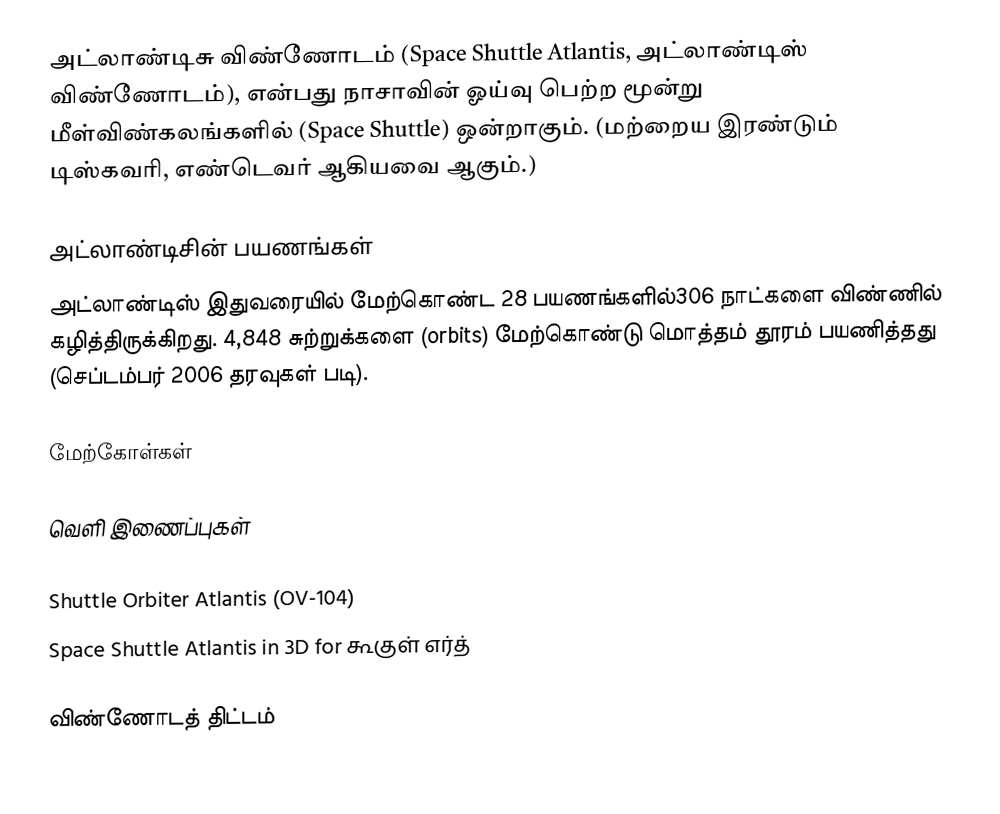
அட்லாண்டிசு விண்ணோடம் (Space Shuttle Atlantis, அட்லாண்டிஸ் விண்ணோடம்), என்பது நாசாவின் ஓய்வு பெற்ற மூன்று மீள்விண்கலங்களில் (Space Shuttle) ஒன்றாகும். (மற்றைய இரண்டும் டிஸ்கவரி, எண்டெவர் ஆகியவை ஆகும்.)

அட்லாண்டிசின் பயணங்கள்
அட்லாண்டிஸ் இதுவரையில் மேற்கொண்ட 28 பயணங்களில்306 நாட்களை விண்ணில் கழித்திருக்கிறது. 4,848 சுற்றுக்களை (orbits) மேற்கொண்டு மொத்தம்  தூரம் பயணித்தது (செப்டம்பர் 2006 தரவுகள் படி).

மேற்கோள்கள்

வெளி இணைப்புகள்

 Shuttle Orbiter Atlantis (OV-104)
 Space Shuttle Atlantis in 3D  for கூகுள் எர்த்

விண்ணோடத் திட்டம்